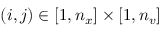
( i , j ) \in [ 1 , n _ { x } ] \times [ 1 , n _ { v } ]